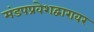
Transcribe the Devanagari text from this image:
मंडपप्रवेशद्वारावर